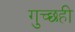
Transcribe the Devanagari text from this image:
गुच्छही